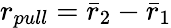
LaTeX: r_{pull}=\bar{r}_{2}-\bar{r}_{1}